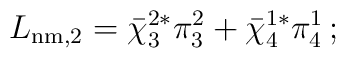
L_{\rm nm,2} = {\bar\chi}_3^{2*} \pi_3^2 + {\bar\chi}_4^{1*} \pi_4^1 \,   ;